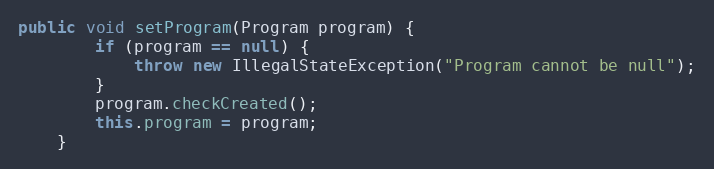
Language: Java
public void setProgram(Program program) {
        if (program == null) {
            throw new IllegalStateException("Program cannot be null");
        }
        program.checkCreated();
        this.program = program;
    }